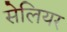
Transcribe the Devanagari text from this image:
सेलियर